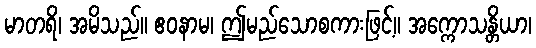
မာတရိ၊ အမိသည်။ ဧဝနာမ၊ ဤမည်သောစကားဖြင့်။ အက္ကောသန္တိယာ၊